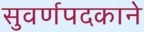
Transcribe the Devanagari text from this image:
सुवर्णपदकाने